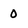
Character: 0